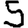
Digit: 5